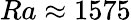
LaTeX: {Ra\approx 1575}